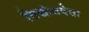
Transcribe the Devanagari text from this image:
सिद्धांतवेत्ता